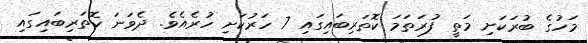
މަހުގެ ބުރަކަށި މަތީ ފުރަތަމަ ކޮތަރިބައިގައި 7 ހަރުކަށި ހުރެއެވެ. ދެވަނަ ކޮތަރިބައިގައި